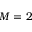
M = 2